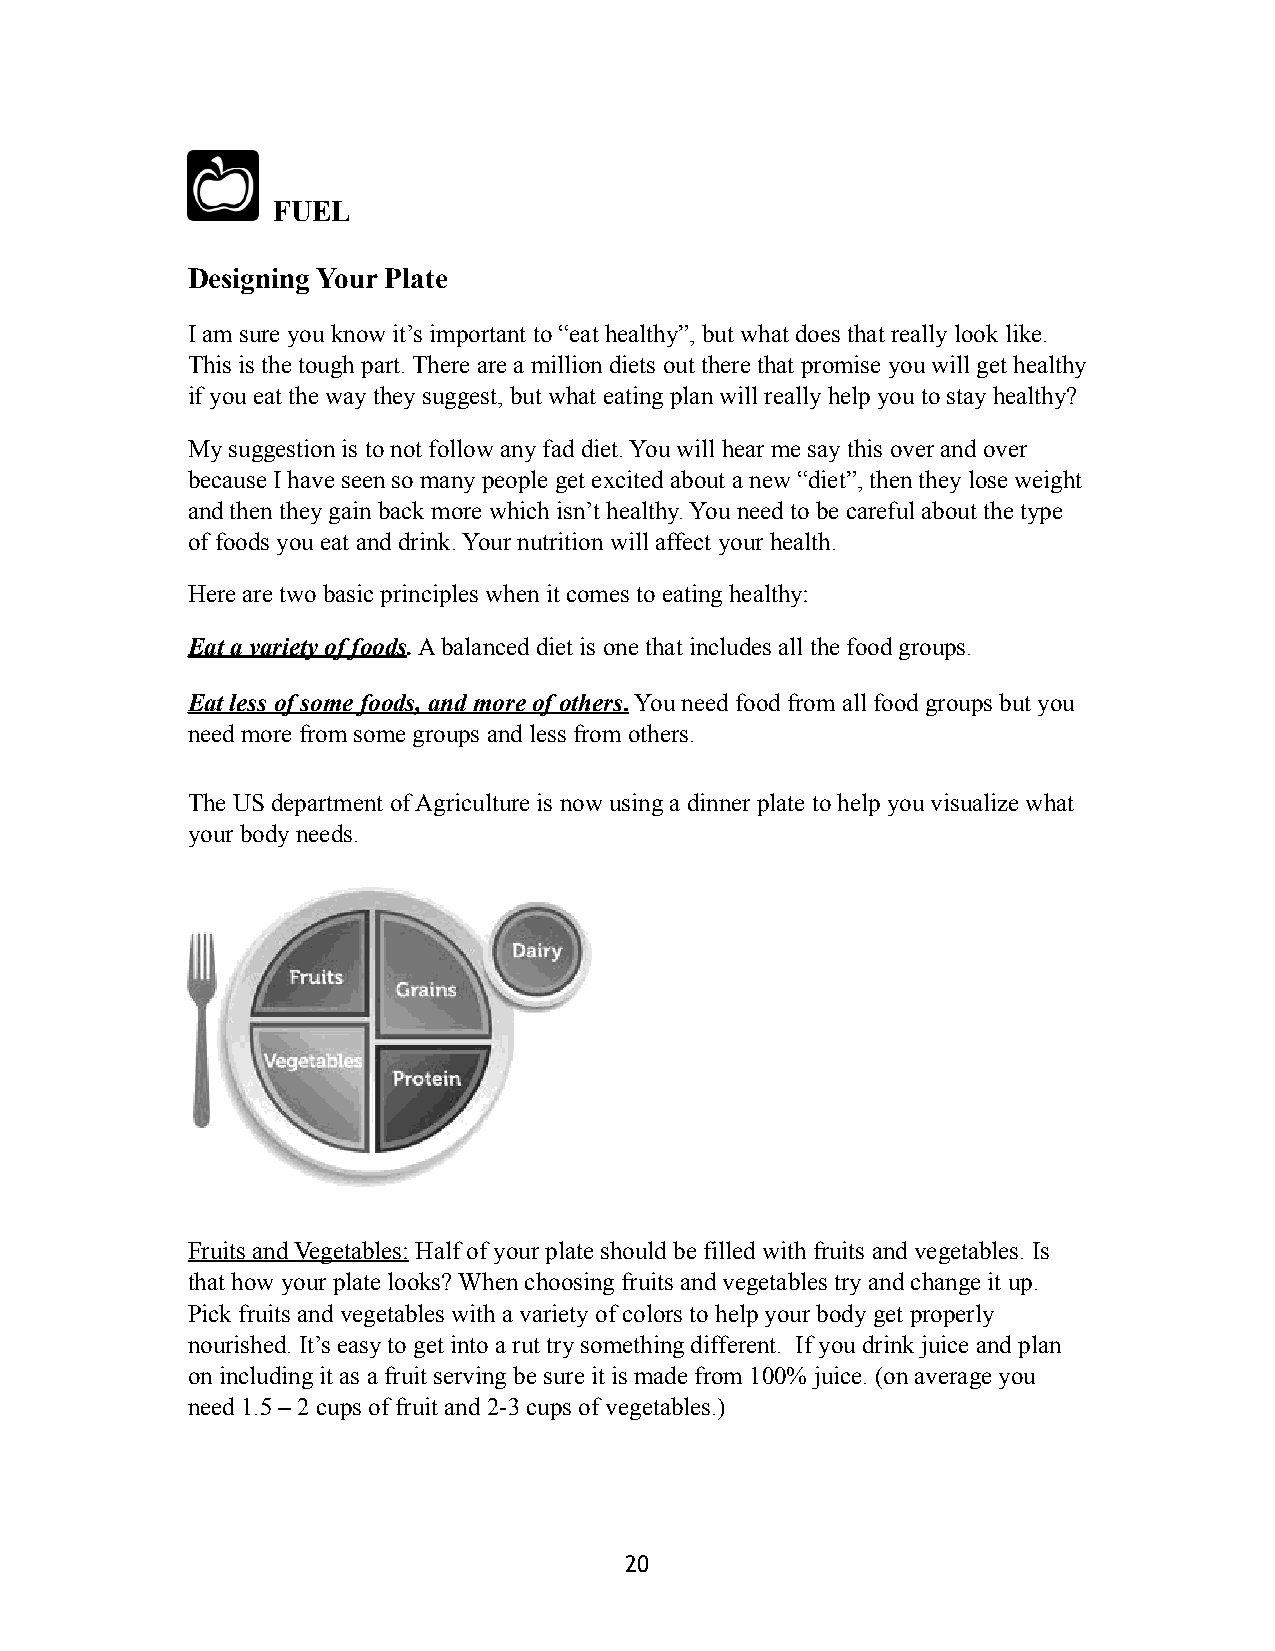
FUEL
 Designing Your Plate
 I am sure you know it’s important to “eat healthy”, but what does that really look like.
 This is the tough part. There are a million diets out there that promise you will get healthy
 if you eat the way they suggest, but what eating plan will really help you to stay healthy?
 My suggestion is to not follow any fad diet. You will hear me say this over and over
 because I have seen so many people get excited about a new “diet”, then they lose weight
 and then they gain back more which isn’t healthy. You need to be careful about the type
 of foods you eat and drink. Your nutrition will affect your health.
 Here are two basic principles when it comes to eating healthy:
 Eat a variety of foods. A balanced diet is one that includes all the food groups.
 Eat less of some foods, and more of others. You need food from all food groups but you
 need more from some groups and less from others.
 The US department of Agriculture is now using a dinner plate to help you visualize what
 your body needs.
 Fruits and Vegetables: Half of your plate should be filled with fruits and vegetables. Is
 that how your plate looks? When choosing fruits and vegetables try and change it up.
 Pick fruits and vegetables with a variety of colors to help your body get properly
 nourished. It’s easy to get into a rut try something different. If you drink juice and plan
 on including it as a fruit serving be sure it is made from 100% juice. (on average you
 need 1.5 – 2 cups of fruit and 2-3 cups of vegetables.)
 20